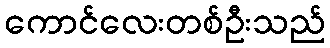
ကောင်လေးတစ်ဦးသည်